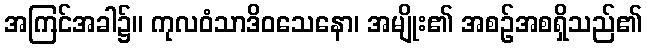
အကြင်အခါ၌။ ကုလဝံသာဒိဝသေနော၊ အမျိုး၏ အစဉ်အစရှိသည်၏